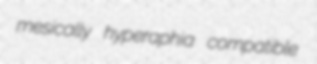
mesically hyperaphia compatible